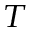
_ T